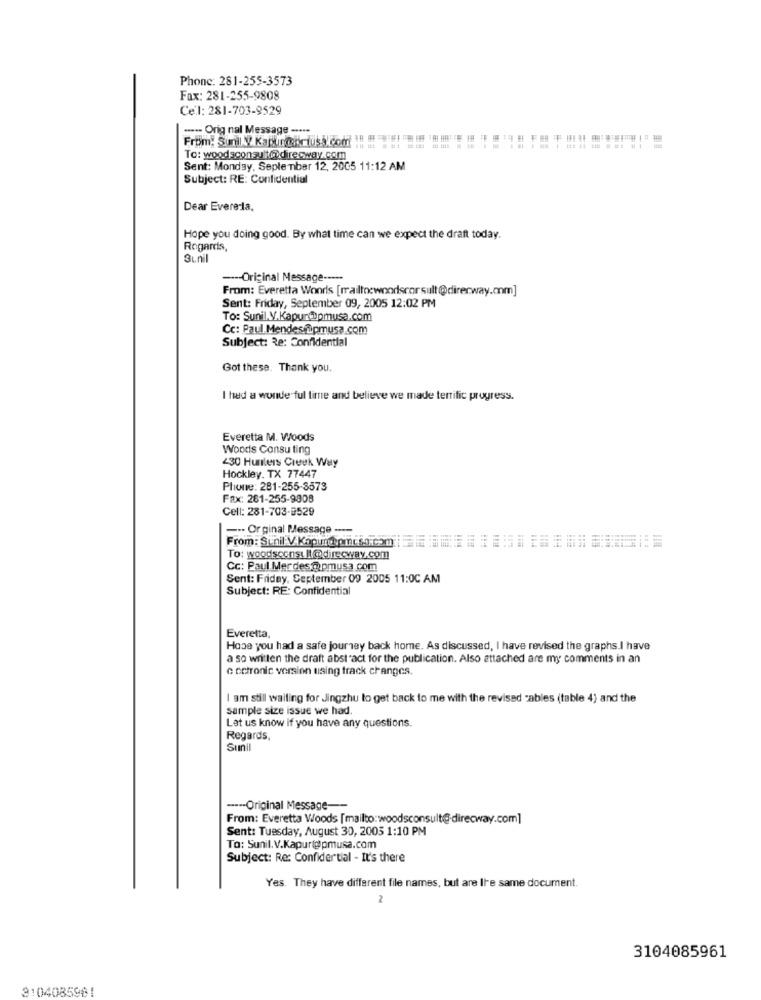
Phone: 281-255-3573
Fax: 281-255-9808
Cel: 281-703-9529
----- Orig nal Message -····
From: Sunil V Kapitodi tusk com !! #
To: woodsconsult@@direcway.com
Sent: Monday, September 12, 2005 11:12 AM
Subject: RE: Confidential
Dear Evere-la.
Hope you doing good. By what time can we expect the draft today.
Regards,
3ın
--- Original Message -----
From: Everetta Woodls [mailto:woodscor sult@direrway.mm]
Sent: Friday, September 09, 2005 12:02 PM
To: Sunil.V.Kapur@Dpmusa.com
Cc: Paul Mendesflipmusa.com
Subject: Re: Confidential
Got these. Thank you.
I had a wonderful time and believe we made terrific progress.
Everetta M. Woods
Woods Consu ting
430 Hunters Creek Way
Hockley. TX 77447
Pliune: 281-255-3573
Fax: 261-255-9808
Cell: 281-703-9529
--- Orginal Message -...
From: Sunil V.Kapur@picsa.com
To: woodsconst.It@direcway.com
Cc: Paul Mer des @pmusa.com
Sent: Friday, September 09 2005 11:00 AM
Subject: RE: Confidential
Everetta,
Hope you had a safe journey back home. As discussed, I have revised the graphs.I have
a so written the draft abstract for the publication. Also attached are my comments in an
c cotronic version using track changes.
I am still waiting for Jingzhu to get back to me with the revised cables (table 4) and the
sample size issue we had
Let us know if you have any questions.
Regards,
Sunil
----- Original Message --
From: Everetta Woods [mailto:woodsconsult@-direcway.com]
Sent: Tuesday, August 30, 2005 1:10 PM
To: Sunil.V.Kapurt@pmusa.com
Subject: Re: Confidential - It's there
Yes. They have different file names, but are Ire same document.
3104085961
3104085961